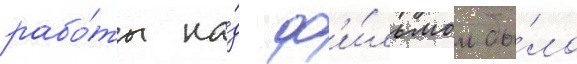
рабо́ты на́д ф'и́льмом бы́ло